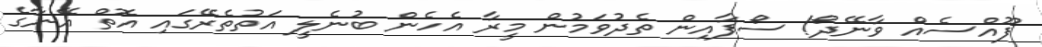
ފޫއްސެއް ވާނޭދޯ! ސޯފާއިން ތެދުވަމުން މީރާ އެހެން ބުނެލީ އަތުތެރޭގައި އޮތް އޭނާގެ